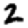
Digit: 2